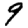
Digit: 9